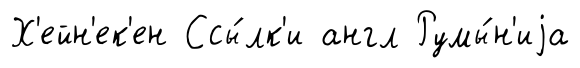
Х'ейн'ек'ен Ссы́лк'и англ Румы́н'иjа